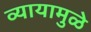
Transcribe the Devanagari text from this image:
व्यायामुळे